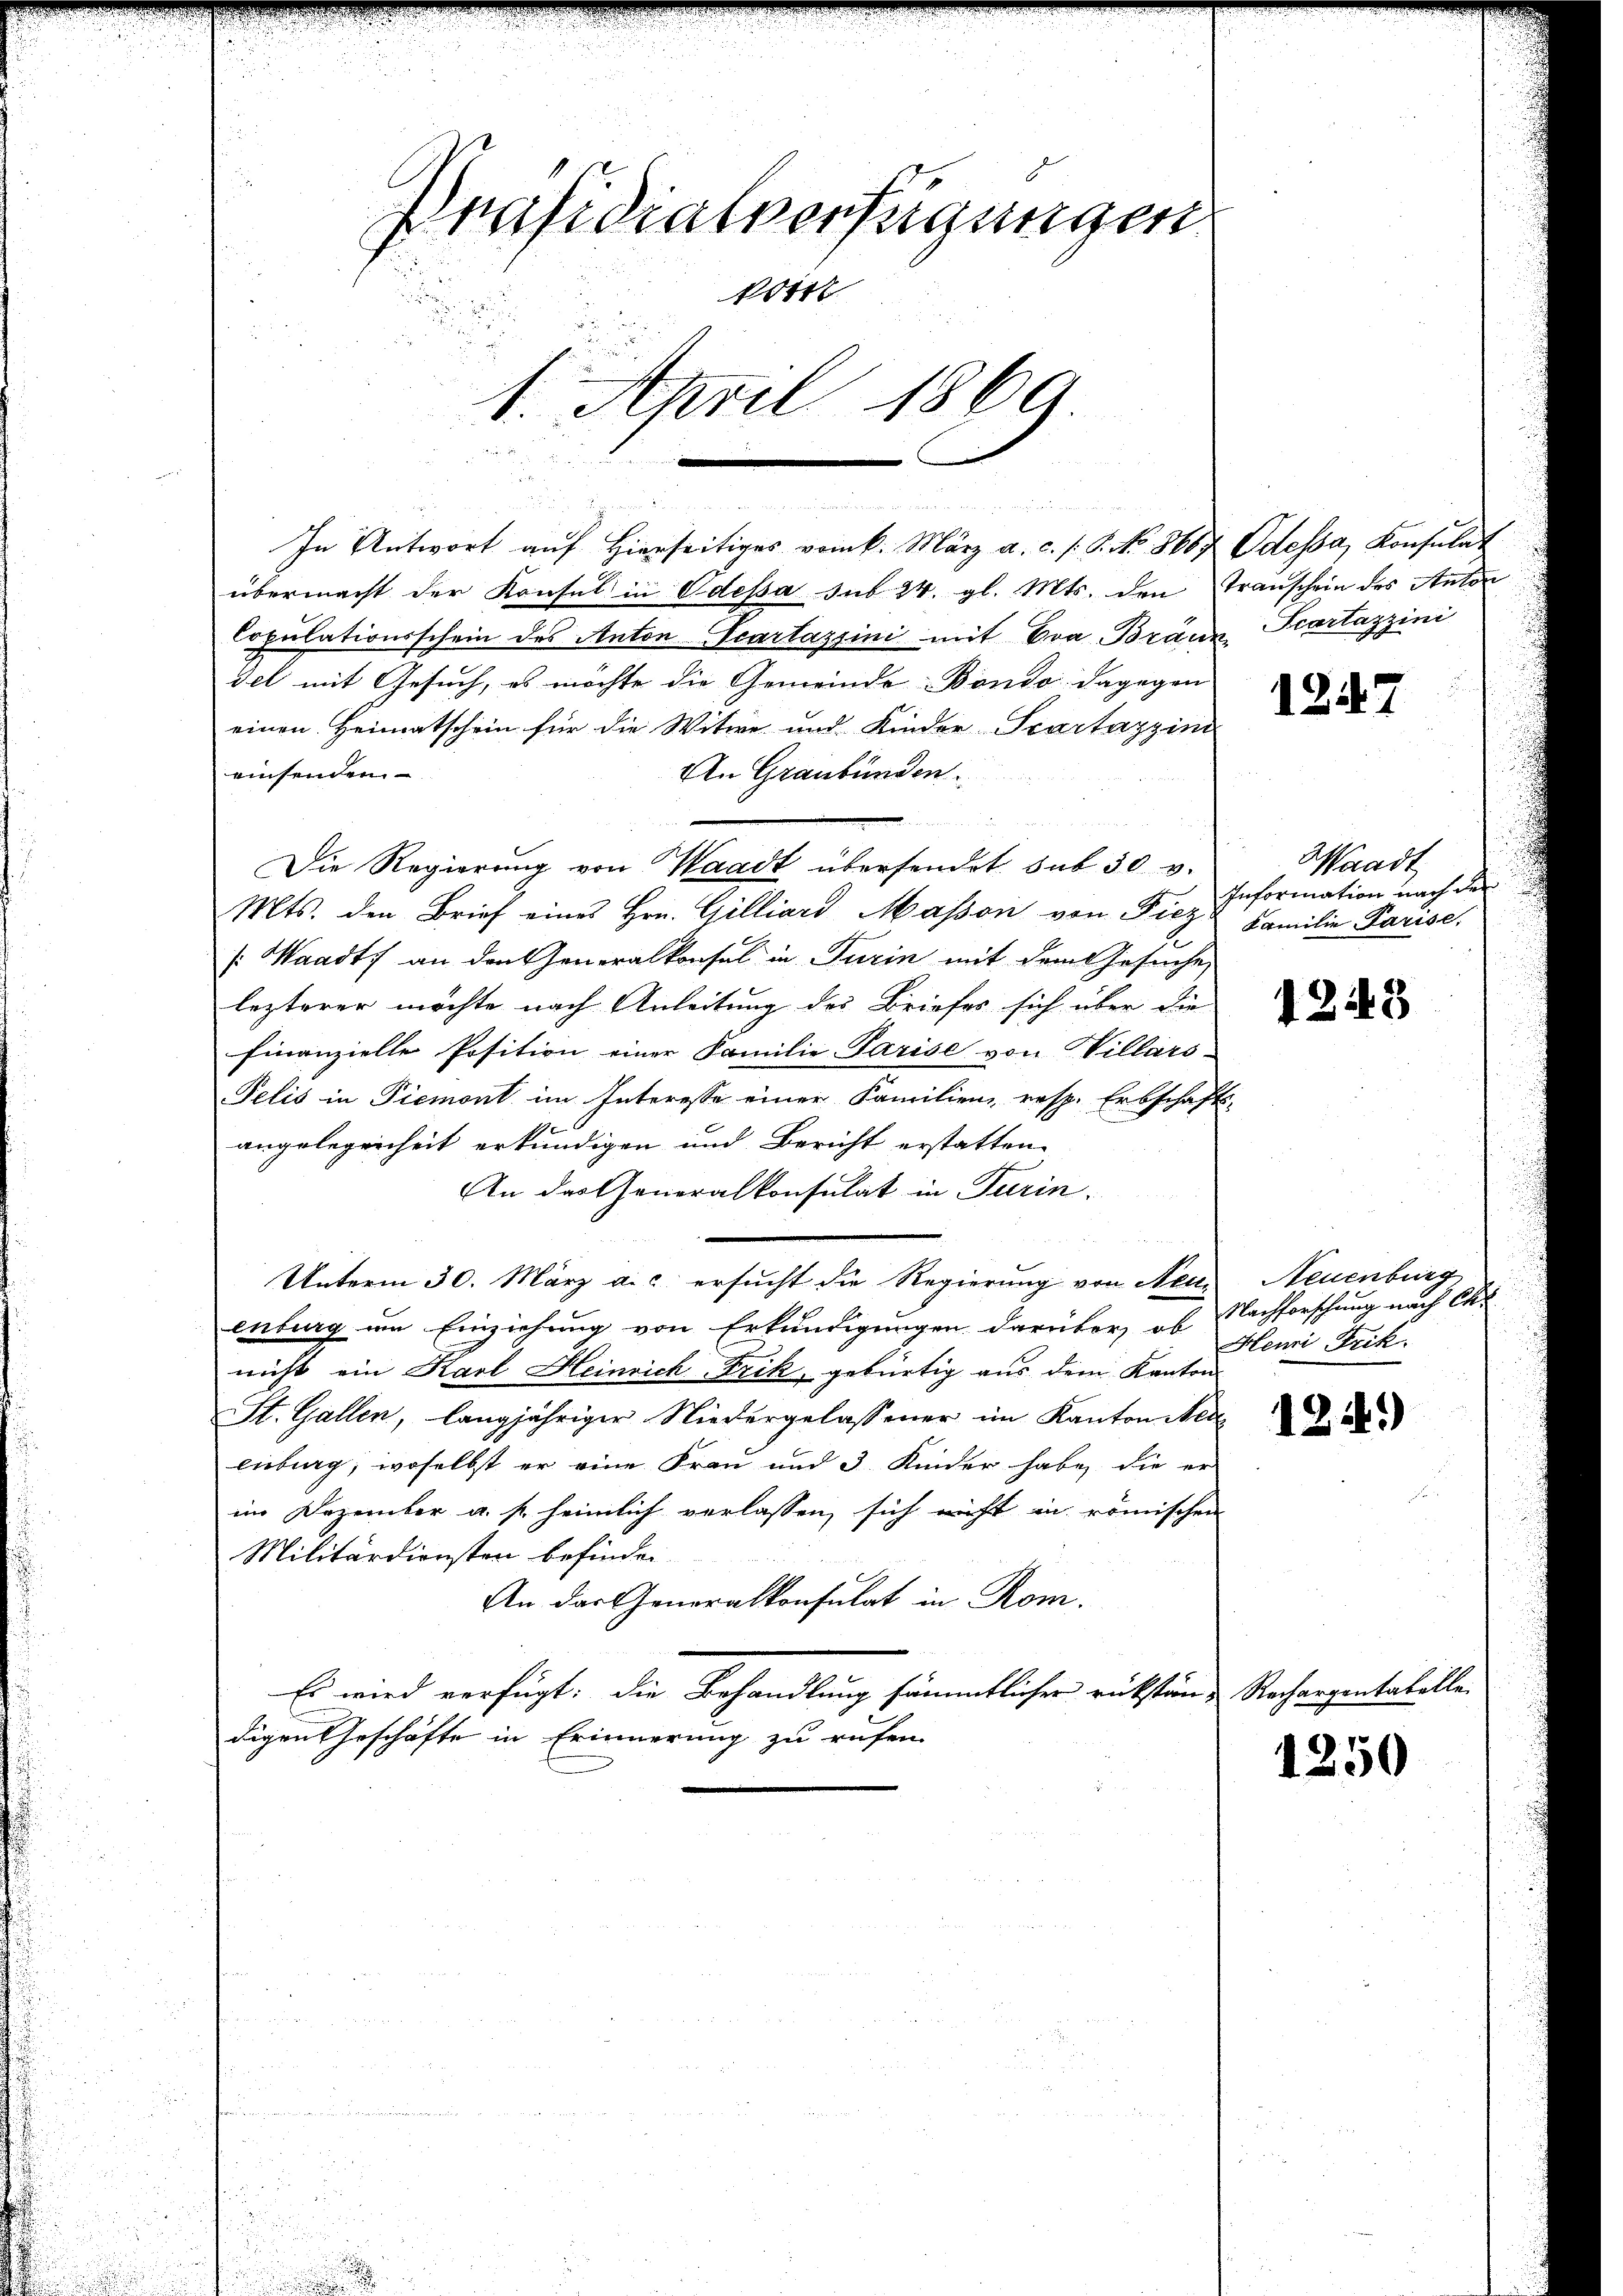
übermacht der Konsul in Odessa sub 24. gl. Mts. den Er
Copulationsschein des Anton Scartassini mit Eva Braun
sel mit Gesuch, es möchte die Gemeinde Bondo dagegen
einen Heimatschein für die Witwe und Kinder Scartazzini
einsenden.
An Graubünden
Die Regierŭng von Waadt übersendet sub 30 v.
Mts. den Brief eines Hrn. Gilliard Massen von Ficz Familie Parise,
s: Waadt an den Generalkonsel in Turin mit dem Gesuche,
lezterer möchte nach Anleitung des Briefes sich über die
finanzielle Position einer Familie Parise von Villars-
Felis in Piemont im Interesse einer Familien, resp. Erbschafts-
angelegenheit erkundigen und Bericht erstatten.
An das Generalkonsulat in Turin,
Unterm 30. März a.c. ersucht die Regierung von Neu-
enburg um Einziehung von Erkundigungen darüber, ob Nachforschung nach Chr
nicht ein Karl Heinrich Frik, gebürtig aus dem Kanton
St. Gallen, langjähriger Niedergelassener im Kanton Nei
lisburg, woselbst er eine Frau und 3 Kinder habe die er
im Dezember a. s. heimlich verlassen, sich nicht in römischen
Militärdiensten befinden.
An der Generalkonsulat in Rom.
Es wird verfügt: die Behandlung sämmtlicher rükstän-Rechargentatelle
digen Geschäfte in Erinnerung zu rufen.

Präsidialverfügungen
Pott
1. April 1869.
1
n
In Antwort auf Hierseitiges vom k. März a. c. s. S. No. 8667 Odessa, Konsulat

ranschein des Anton
Scartazzini

1247

1248

124)

Information nach der

1250

Waadt

Neuenburg
Henri Trik.